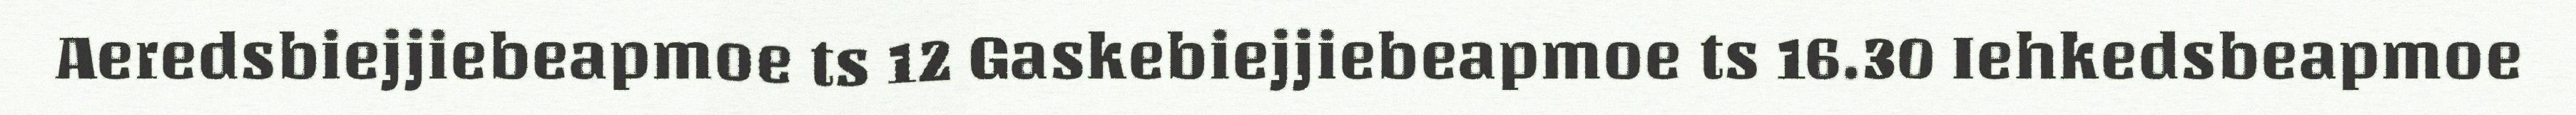
Aeredsbiejjiebeapmoe ts 12 Gaskebiejjiebeapmoe ts 16.30 Iehkedsbeapmoe